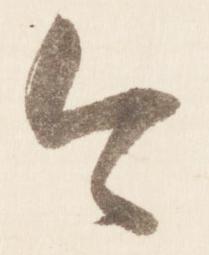
今